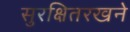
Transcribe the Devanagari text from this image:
सुरक्षितरखने